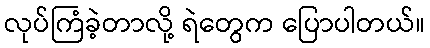
လုပ်ကြံခဲ့တာလို့ ရဲတွေက ပြောပါတယ်။